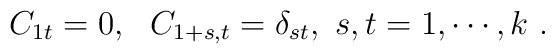
C_{1t}=0,~ ~C_{1+s,t}=\delta_{st}, ~s,t=1,\cdots,k~.